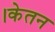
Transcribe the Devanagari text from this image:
।केतन